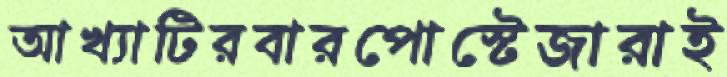
আখ্যাটিরবারপোস্টেজারাই